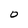
Character: O